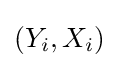
(Y_{i},X_{i})